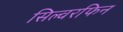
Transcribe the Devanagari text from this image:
सिल्वरफिन